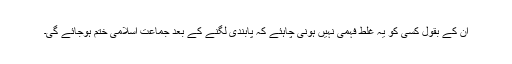
ان کے بقول کسی کو یہ غلط فہمی نہیں ہونی چاہئے کہ پابندی لگنے کے بعد جماعت اسلامی ختم ہوجائے گی۔